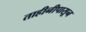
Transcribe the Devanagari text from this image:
ताहीनीपासून